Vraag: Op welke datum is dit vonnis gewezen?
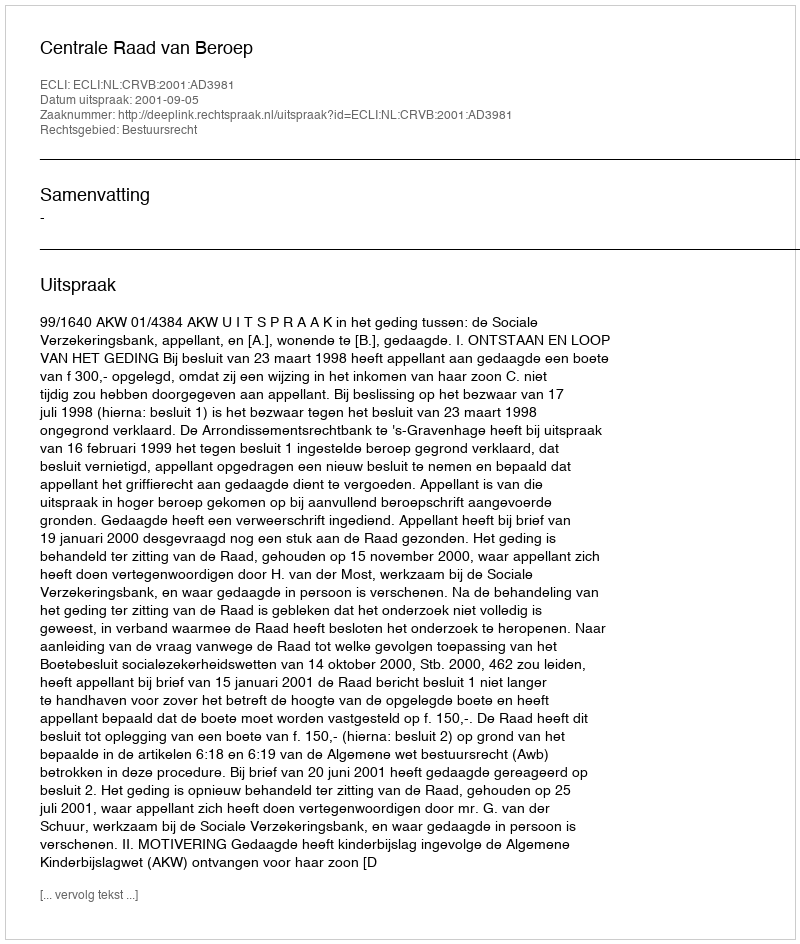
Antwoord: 2001-09-05